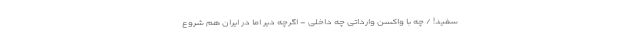
سفید! / چه با واکسن وارداتی چه داخلی - اگرچه دیر اما در ایران هم شروع